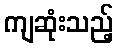
ကျဆုံးသည့်